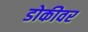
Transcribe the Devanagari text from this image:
डोकीवर